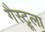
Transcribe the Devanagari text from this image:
गैस्ट्रूला